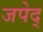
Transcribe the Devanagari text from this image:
जपेद्